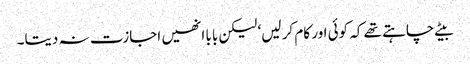
بیٹے چاہتے تھے کہ کوئی اور کام کر لیں‘ لیکن بابا انھیں اجازت نہ دیتا۔